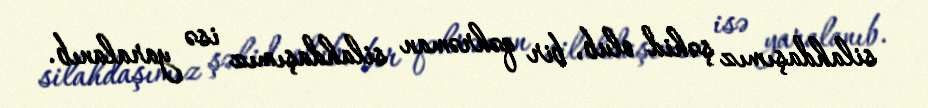
silahdaşımız şəhid olub, bir qəhrəman silahdaşımız isə yaralanıb.